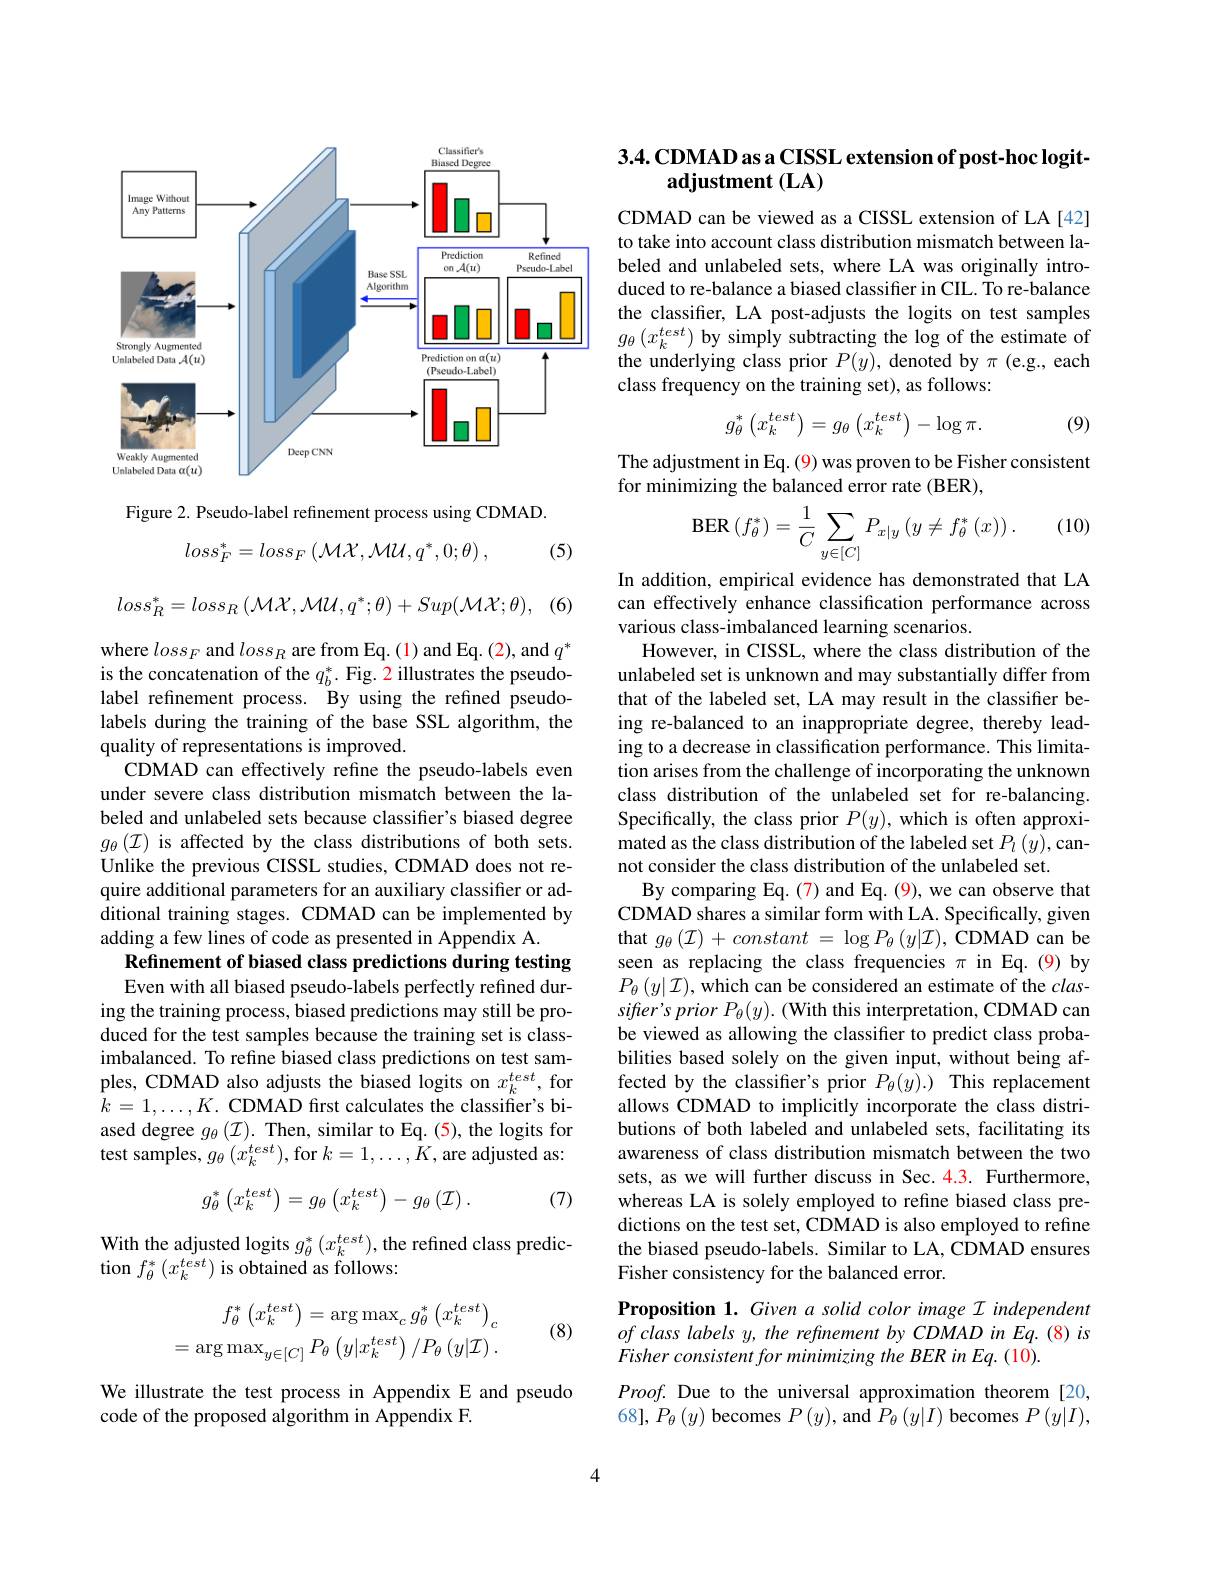
<FigureHere>

Figure 2. Pseudo-label refinement process using CDMAD.
$$loss_{F}^{*}=loss_{F}\left(\mathcal{MX},\mathcal{MU},q^{*},0;\theta\right),$$
(5)

(6)
$$loss_{R}^{*}=loss_{R}\left(\mathcal{MX},\mathcal{MU},q^{*};\theta\right)+Sup(\mathcal{MX};\theta),$$
where $loss_F$ and $loss_R$ are from Eq. (1) and Eq. (2), and $q^*$ is the concatenation of the $q_b^*.$ Fig. 2 illustrates the pseudolabel refinement process. By using the refined pseudolabels during the training of the base SSL algorithm, the quality of representations is improved.
CDMAD can effectively refine the pseudo-labels even under severe class distribution mismatch between the labeled and unlabeled sets because classifier's biased degree $g_\theta(\mathcal{I})$ is affected by the class distributions of both sets. Unlike the previous CISSL studies, CDMAD does not require additional parameters for an auxiliary classifier or additional training stages. CDMAD can be implemented by adding a few lines of code as presented in Appendix A.
Refinement of biased class predictions during testing Even with all biased pseudo-labels perfectly refined dur-
ing the training process, biased predictions may still be produced for the test samples because the training set is classimbalanced. To refine biased class predictions on test samples, CDMAD also adjusts the biased logits on $x_k^{test}$, for $k=1,\ldots,K.$ CDMAD frst calculates the classifier's biased degree $g_\theta(\mathcal{I}).$ Then, similar to Eq.(5), the logits for test samples, $g_\theta\left(x_{k}^{test}\right)$,for $k=1,\ldots,\bar{K}$, are adjusted as:
$$g_\theta^*\left(x_k^{test}\right)=g_\theta\left(x_k^{test}\right)-g_\theta\left(\mathcal{I}\right).$$
(7)

With the adjusted logits $g_\theta^*(x_k^{test})$, the refined class predic-
tion $f_{\theta}^{*}\left(x_{k}^{test}\right)$is obtained as follows:
$$\begin{aligned}f_\theta^*\left(x_k^{test}\right)&=\arg\max_cg_\theta^*\left(x_k^{test}\right)_c\\=\arg\max_{y\in[C]}P_\theta\left(y|x_k^{test}\right)/P_\theta\left(y|\mathcal{I}\right).\end{aligned}$$
(8)

We illustrate the test process in Appendix E and pseudo
code of the proposed algorithm in Appendix F.

4

## 3.4.CDMAD as a CISSL extension of post-hoc logitadjustment (LA)

CDMAD can be viewed as a CISSL extension of LA[42] to take into account class distribution mismatch between labeled and unlabeled sets, where LA was originally introduced to re-balance a biased classifier in CIL. To re-balance the classifier, LA post-adjusts the logits on test samples $g_{\theta}\left(x_{k}^{test}\right)$by simply subtracting the log of the estimate of the underlying class prior $P(y)$, denoted by $\pi$ (e.g., each class frequency on the training set), as follows:
$$g_\theta^*\left(x_k^{test}\right)=g_\theta\left(x_k^{test}\right)-\log\pi.$$
(9)

The adjustment in Eq. (9) was proven to be Fisher consistent
for minimizing the balanced error rate (BER),

(10)
$$\mathrm{BER}\left(f_{\theta}^{*}\right)=\frac{1}{C}\sum_{y\in[C]}P_{x|y}\left(y\neq f_{\theta}^{*}\left(x\right)\right).$$
In addition, empirical evidence has demonstrated that LA can effectively enhance classification performance across various class-imbalanced learning scenarios.
However, in CISSL, where the class distribution of the unlabeled set is unknown and may substantially differ from that of the labeled set, LA may result in the classifier being re-balanced to an inappropriate degree, thereby leading to a decrease in classification performance. This limitation arises from the challenge of incorporating the unknown class distribution of the unlabeled set for re-balancing. Specifically, the class prior $P(y)$, which is often approximated as the class distribution of the labeled set $P_l\left(y\right)$,cannot consider the class distribution of the unlabeled set.
By comparing Eq. (7) and Eq. (9), we can observe that CDMAD shares a similar form with LA. Specifically, given that $g_\theta\left(\mathcal{I}\right)+constant=\log P_\theta\left(y|\mathcal{I}\right),\hat{\text{CDMAD can be}}$ seen as replacing the class frequencies $\pi$ in Eq.(9)by $P_{\theta}\left(y|\mathcal{I}\right)$,which can be considered an estimate of the $clas-$ $sifter^{\prime }sprior P_{\theta }( y) . ( \textbf{With this interpretation, CDMAD can}$ be viewed as allowing the classifier to predict class probabilities based solely on the given input, without being affected by the classifier's prior $P_\theta(y).)$ This replacement allows CDMAD to implicitly incorporate the class distributions of both labeled and unlabeled sets, facilitating its awareness of class distribution mismatch between the two sets, as we will further discuss in Sec.4.3. Furthermore, whereas LA is solely employed to refine biased class predictions on the test set, CDMAD is also employed to refine the biased pseudo-labels. Similar to LA, CDMAD ensures Fisher consistency for the balanced error.
Proposition 1. Given a solid color image I independent

$of\textit{class labels y, the refinement by CDMAD in Eq. ( 8) is}$
Fisher consistent for minimizing the BER in Eq. (10).

$Proof.$ Due to the universal approximation theorem [20, 68], $P_\theta\left(y\right)$ becomes $P\left(y\right)$, and $P_\theta\left(y|I\right)$ becomes $P\left(y|I\right)$,